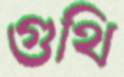
গুথি